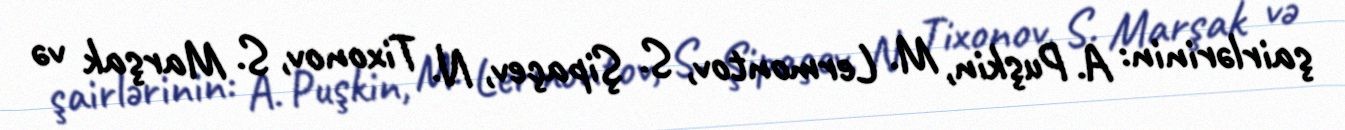
şairlərinin: A. Puşkin, M. Lermontov, S. Şipaçev, N. Tixonov, S. Marşak və